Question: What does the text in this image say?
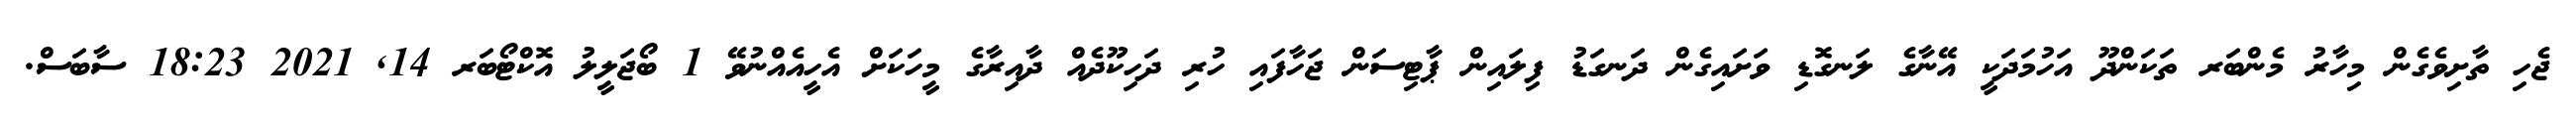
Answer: ޖެހި ތާށިވެގެން މިހާރު މެންބަރ ތަކަންދޫ އަހުމަދަކީ އޭނާގެ ލަނގޮޑި ވަށައިގެން ދަނގަޑު ފިލައިން ޕާޓިސަން ޖަހާފައި ހުރި ދަހިކޫދެއް ދާއިރާގެ މީހަކަށް އެހީއެއްނުވޭ 1 ބޯޖަލީލު އޮކްޓޯބަރ 14, 2021 18:23 ސާބަސް.